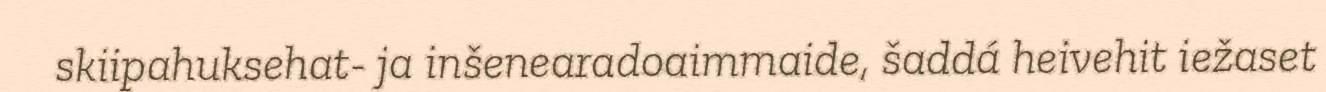
skiipahuksehat- ja inšenearadoaimmaide, šaddá heivehit iežaset